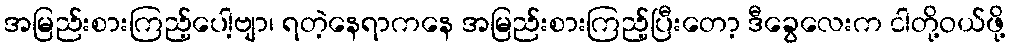
အမြည်းစားကြည့်ပေါ့ဗျာ၊ ရတဲ့နေရာကနေ အမြည်းစားကြည့်ပြီးတော့ ဒီခွေလေးက ငါတို့ဝယ်ဖို့